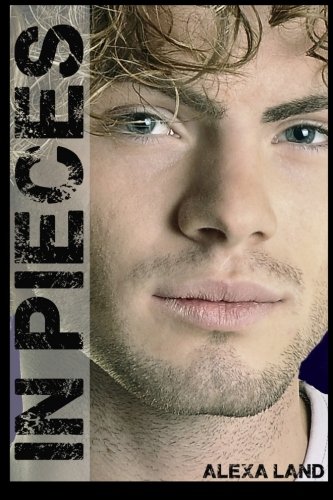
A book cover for In Pieces (Firsts and Forever); Alexa Land; Romance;